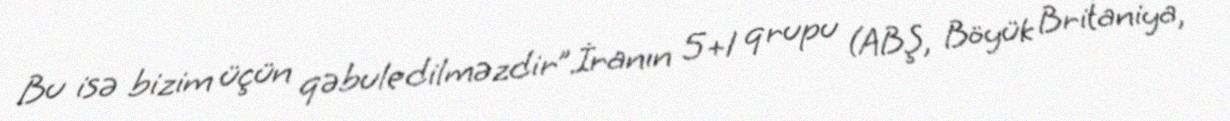
Bu isə bizim üçün qəbuledilməzdir”.İranın 5+1 qrupu (ABŞ, Böyük Britaniya,